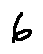
6